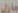
جازل